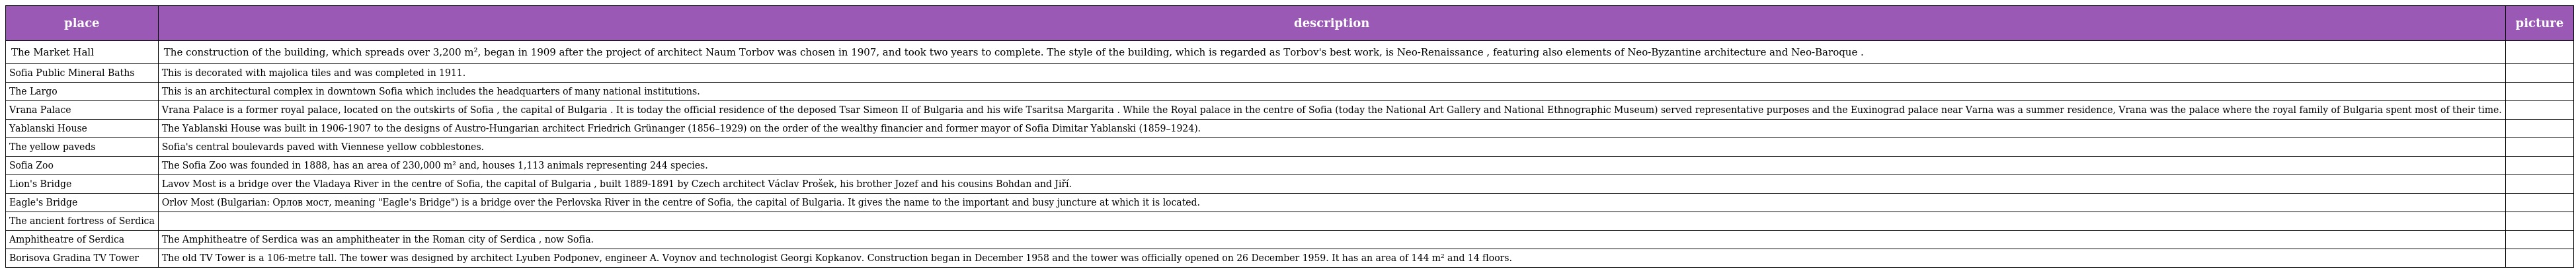
| place | description | picture |
 | --- | --- | --- |
 | The Market Hall | The construction of the building, which spreads over 3,200 m², began in 1909 after the project of architect Naum Torbov was chosen in 1907, and took two years to complete. The style of the building, which is regarded as Torbov's best work, is Neo-Renaissance , featuring also elements of Neo-Byzantine architecture and Neo-Baroque . |  |
 | Sofia Public Mineral Baths | This is decorated with majolica tiles and was completed in 1911. |  |
 | The Largo | This is an architectural complex in downtown Sofia which includes the headquarters of many national institutions. |  |
 | Vrana Palace | Vrana Palace is a former royal palace, located on the outskirts of Sofia , the capital of Bulgaria . It is today the official residence of the deposed Tsar Simeon II of Bulgaria and his wife Tsaritsa Margarita . While the Royal palace in the centre of Sofia (today the National Art Gallery and National Ethnographic Museum) served representative purposes and the Euxinograd palace near Varna was a summer residence, Vrana was the palace where the royal family of Bulgaria spent most of their time. |  |
 | Yablanski House | The Yablanski House was built in 1906-1907 to the designs of Austro-Hungarian architect Friedrich Grünanger (1856–1929) on the order of the wealthy financier and former mayor of Sofia Dimitar Yablanski (1859–1924). |  |
 | The yellow paveds | Sofia's central boulevards paved with Viennese yellow cobblestones. |  |
 | Sofia Zoo | The Sofia Zoo was founded in 1888, has an area of 230,000 m² and, houses 1,113 animals representing 244 species. |  |
 | Lion's Bridge | Lavov Most is a bridge over the Vladaya River in the centre of Sofia, the capital of Bulgaria , built 1889-1891 by Czech architect Václav Prošek, his brother Jozef and his cousins Bohdan and Jiří. |  |
 | Eagle's Bridge | Orlov Most (Bulgarian: Орлов мост, meaning "Eagle's Bridge") is a bridge over the Perlovska River in the centre of Sofia, the capital of Bulgaria. It gives the name to the important and busy juncture at which it is located. |  |
 | The ancient fortress of Serdica |  |  |
 | Amphitheatre of Serdica | The Amphitheatre of Serdica was an amphitheater in the Roman city of Serdica , now Sofia. |  |
 | Borisova Gradina TV Tower | The old TV Tower is a 106-metre tall. The tower was designed by architect Lyuben Podponev, engineer A. Voynov and technologist Georgi Kopkanov. Construction began in December 1958 and the tower was officially opened on 26 December 1959. It has an area of 144 m² and 14 floors. |  |